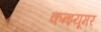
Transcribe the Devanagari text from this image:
कन्झ्यूमर